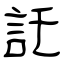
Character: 託